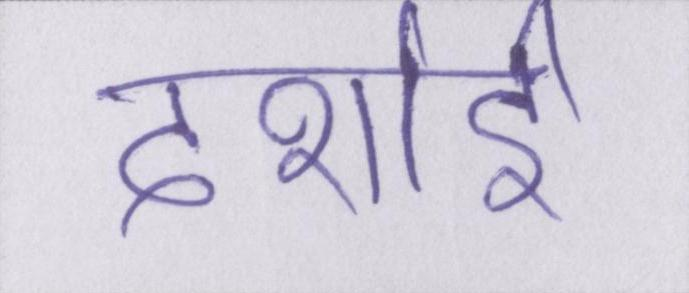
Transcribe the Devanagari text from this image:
दर्शाई